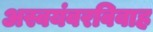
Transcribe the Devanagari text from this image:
अस्वयंवरविवाह